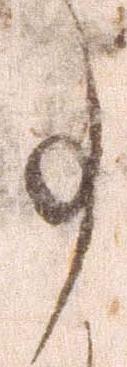
事